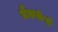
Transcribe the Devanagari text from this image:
मैकक्रेई